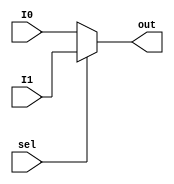
module mux(
    input wire I0,
    input wire I1,
    input wire sel,
    output wire out
);
//assign out= sel?I0:I1;
//o korle i1 er value ,1 korle i0 er value
assign out= (sel==1'b0)?I0:
            (sel==1'b1)?I1:
            1'bX;

endmodule